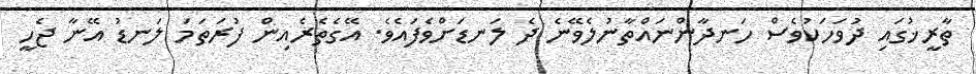
ތާރީޚުގައި ދުވަހަކުވެސް ހަނދާންނައްތާނުލެވޭނެ ދެ ލަނޑަށްވެފައެވެ. އޭގެތެރެއިން ފުރަތަމަ ލަނޑު އޭނާ ޖެހީ